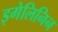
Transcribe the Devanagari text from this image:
इगेलिनिन